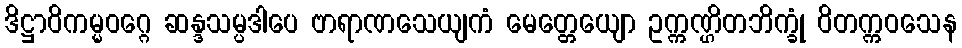
ဒိဋ္ဌာဝိကမ္မဝဂ္ဂေ ဆန္ဒသမ္ပဒါပေ ဗာရာဏသေယျကံ မေတ္တေယျော ဥက္ကဏ္ဌိတဘိက္ခုံ ဝိတက္ကဝသေန